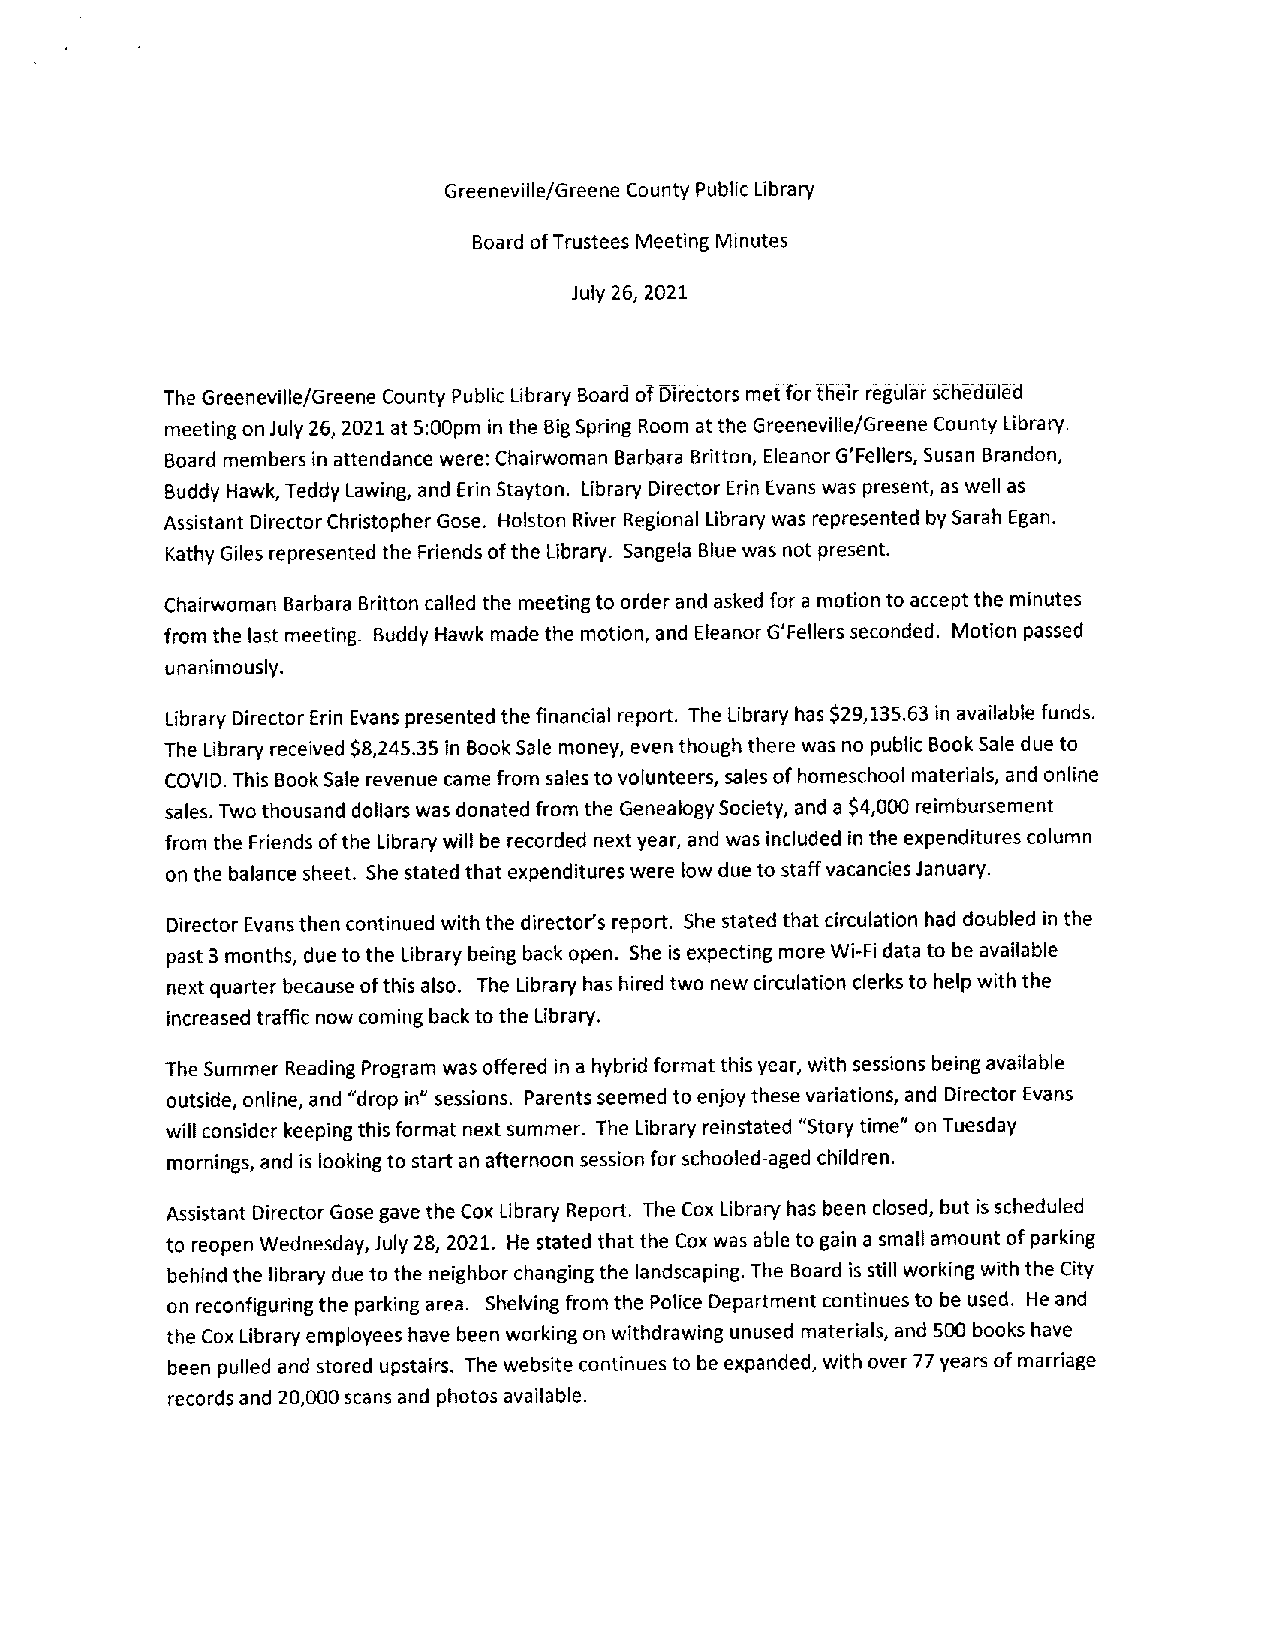
GreenevillefGreene County Public Library
 BoardofTrustees MeetingMinutes
 July 26, 2021
 The Greeneville/Greene County Public Library Board ofDirectors metfbrtheir regularsëhëdülêd
 meetingonJuly26, 2021 at5:00pm in the BigSpring Room atthe Greeneville/Greene CountyLibrary.
 Board members in attendance were: Chairwoman Barbara Britton, Eleanor G’Fellers,Susan Brandon,
 Buddy Hawk,TeddyLawing, and ErinStayton. Library DirectorErin Evans was present, as well as
 Assistant DirectorChristopherGose. Holston RiverRegional Librarywas represented by Sarah Egan.
 Kathy Gilesrepresented the Friends ofthe Library. Sangela Blue wasnot present.
 Chairwoman Barbara Britton calledthe meetingto orderandasked fora motionto acceptthe minutes
 fromthe last meeting. Buddy Hawk made the motion, and Eleanor G’Fellers seconded. Motion passed
 unanimously.
 Library DirectorErin Evanspresented the financial report. The Library has $29,135.63 in availablefunds.
 The Library received$8,245.35in BookSale money, eventhoughtherewas nopublic BookSale dueto
 COVID. This BookSale revenue camefrom salestovolunteers, salesofhomeschool materials, and online
 sales. Twothousand dollarswas donatedfrom the GenealogySociety, anda $4,000reimbursement
 from the Friendsofthe Librarywill be recorded nextyear, and wasincluded intheexpenditurescolumn
 on the balance sheet. Shestatedthat expenditureswere lowdue to staffvacanciesJanuary.
 DirectorEvansthencontinued withthedirector’sreport. Shestated thatcirculation had doubled inthe
 past3 months, duetothe Library being back open. She isexpecting moreWi-Fldatato be available
 nextquarterbecause ofthisalso. The Ubrary hashired two new circulation clerksto helpwith the
 increasedtraffic nowcoming backto the Library.
 The Summer ReadingProgram wasoffered ina hybridformatthisyear, with sessions beingavailable
 outside, online,and “dropin” sessions. Parentsseemed toenjoy these variations, and DirectorEvans
 will consider keepingthis formatnextsummer. The Library reinstated “Storytime” onTuesday
 mornings, and is looking to startan afternoon sessionfor schooled-aged children.
 AssistantDirectorGose gave theCox Library Report. The CoxLibraryhasbeen closed, but isscheduled
 to reopen Wednesday,July 28,2021. He stated thatthe Coxwasableto gaina small amountof parking
 behind the library due tothe neighborchangingthe landscaping. The Board is still working with theCity
 on reconfiguringthe parking area. Shelvingfromthe Police Departmentcontinues tobe used. He and
 the CoxLibrary employees have beenworkingon withdrawing unused materials, and 500books have
 been pulled and stored upstairs. Thewebsitecontinues to be expanded, with over 77yearsof marriage
 records and20,000scans and photosavailable.